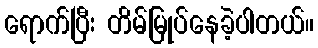
ရောက်ပြီး တိမ်မြုပ်နေခဲ့ပါတယ်။